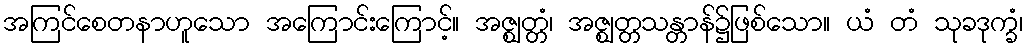
အကြင်စေတနာဟူသော အကြောင်းကြောင့်။ အဇ္ဈတ္တံ၊ အဇ္ဈတ္တသန္တာန်၌ဖြစ်သော။ ယံ တံ သုခဒုက္ခံ၊